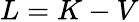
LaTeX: L=K-V